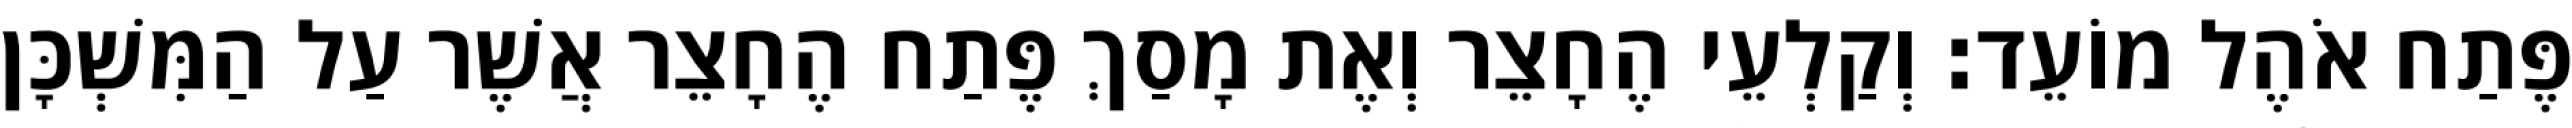
פֶּתַח אֹהֶל מוֹעֵד׃ וְקַלְעֵי הֶחָצֵר וְאֶת מָסַךְ פֶּתַח הֶחָצֵר אֲשֶׁר עַל הַמִּשְׁכָּן